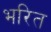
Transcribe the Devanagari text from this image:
भरित